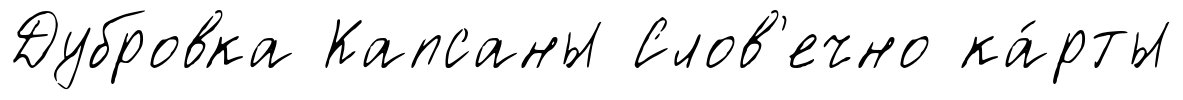
Дубровка Капсаны Слов'ечно ка́рты